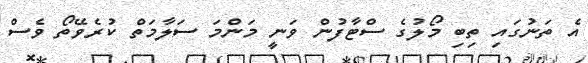
އެ ތަނުގައި ތިބި މޯލުގެ ސްޓާފުން ވަނީ މަންމަ ސަލާމަތް ކުރެވޭތޯ ވެސް